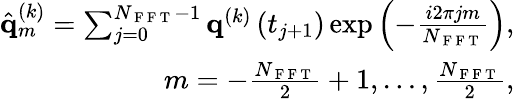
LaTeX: \begin{array}{r}{\hat{{\mathbf{q}}}_{m}^{\left(k\right)}=\sum_{j=0}^{N_{\mathrm{~F~F~T~}}-1}{\mathbf{q}}^{\left(k\right)}\left(t_{j+1}\right)\exp\left(-\frac{i2\pi jm}{N_{\mathrm{~F~F~T~}}}\right),}\\ {m=-\frac{N_{\mathrm{~F~F~T~}}}{2}+1,\dots,\frac{N_{\mathrm{~F~F~T~}}}{2},}\end{array}